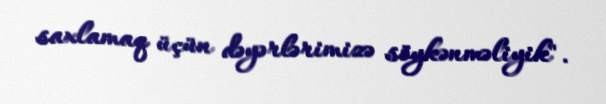
saxlamaq üçün dəyərlərimizə söykənməliyik".